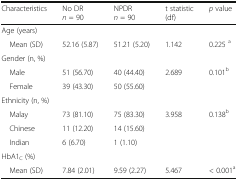
<table><thead><tr><td><b>Characteristics</b></td><td><b>No DR<i>n</i> = 90</b></td><td><b>NPDR<i>n</i> = 90</b></td><td><b>t statistic(df)</b></td><td><b><i>p</i> value</b></td></tr></thead><tbody><tr><td colspan="5">Age (years)</td></tr><tr><td> Mean (SD)</td><td>52.16 (5.87)</td><td>51.21 (5.20)</td><td>1.142</td><td>0.225 <sup>a</sup></td></tr><tr><td colspan="5">Gender (n, %)</td></tr><tr><td> Male</td><td>51 (56.70)</td><td>40 (44.40)</td><td rowspan="2">2.689</td><td rowspan="2">0.101<sup>b</sup></td></tr><tr><td> Female</td><td>39 (43.30)</td><td>50 (55.60)</td></tr><tr><td colspan="5">Ethnicity (n, %)</td></tr><tr><td> Malay</td><td>73 (81.10)</td><td>75 (83.30)</td><td rowspan="3">3.958</td><td rowspan="3">0.138<sup>b</sup></td></tr><tr><td> Chinese</td><td>11 (12.20)</td><td>14 (15.60)</td></tr><tr><td> Indian</td><td>6 (6.70)</td><td>1 (1.10)</td></tr><tr><td colspan="5">HbA1<sub>C</sub> (%)</td></tr><tr><td> Mean (SD)</td><td>7.84 (2.01)</td><td>9.59 (2.27)</td><td>5.467</td><td>&lt; 0.001<sup>a</sup></td></tr></tbody></table>